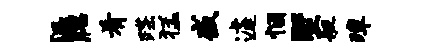
派腮肴蹀猛盛遽悃墅艇璋